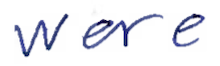
Text: were
Cross-out: clean
Writing tool: ballpoint